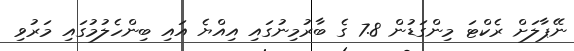
ނޭޕާލަށް ރެކްޓަ މިންގަޑުން 7.8 ގެ ބާރުމިނުގައި އިއްޔެ އައި ބިންހެލުމުގައި މަރުވި